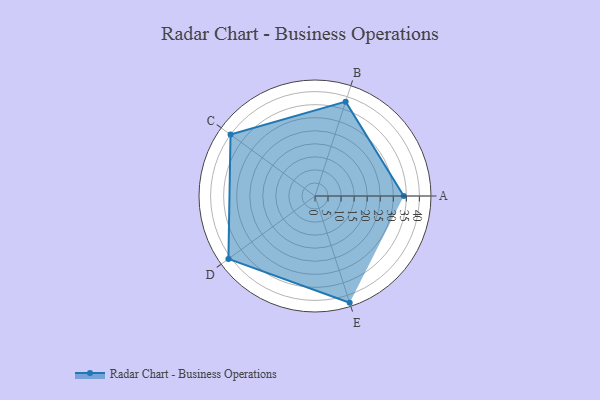
{"axis": {"x": "Skill", "y": "Score"}, "legend": ["Profile"], "data": [{"x": "A", "y": 34.0, "type": "Profile"}, {"x": "B", "y": 38.0, "type": "Profile"}, {"x": "C", "y": 40.0, "type": "Profile"}, {"x": "D", "y": 41.0, "type": "Profile"}, {"x": "E", "y": 43.0, "type": "Profile"}]}